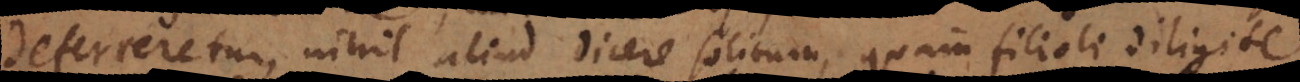
[deferretur], nihil aliud dicere solitum, quam filioli diligite